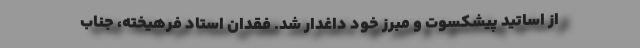
از اساتید پیشکسوت و مبرز خود داغدار شد. فقدان استاد فرهیخته، جناب